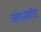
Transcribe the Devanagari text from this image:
अपशॉट